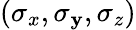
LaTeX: (\sigma_{x},\sigma_{\mathbf{y}},\sigma_{z})